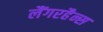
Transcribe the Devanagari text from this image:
लैंगरहैन्स